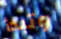
وتبدأ